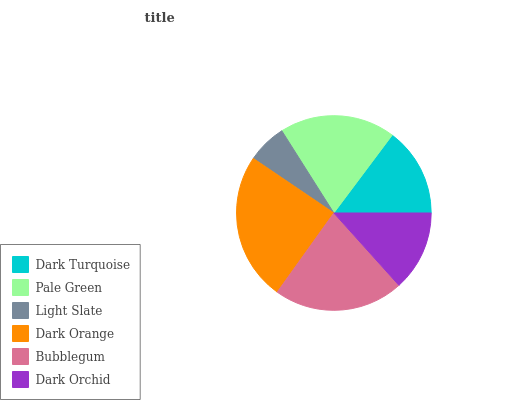
| Dark Turquoise | Pale Green | Light Slate | Dark Orange | Bubblegum | Dark Orchid |
 | --- | --- | --- | --- | --- | --- |
 | 14.8% | 19.2% | 6.54% | 24.7% | 21.5% | 13.3% |